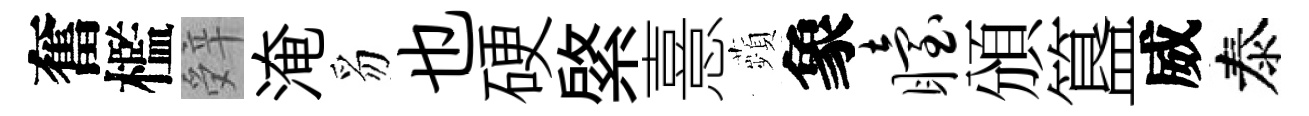
奮檻辤淹豸也硬綮憙蘋象眙頒簋威泰